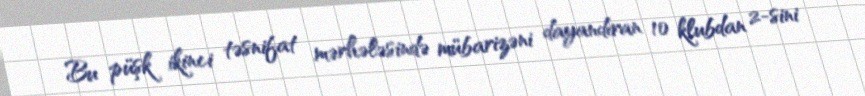
Bu püşk ikinci təsnifat mərhələsində mübarizəni dayandıran 10 klubdan 2-sini